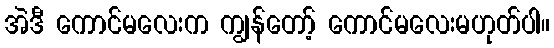
အဲဒီ ကောင်မလေးက ကျွန်တော့် ကောင်မလေးမဟုတ်ပါ။